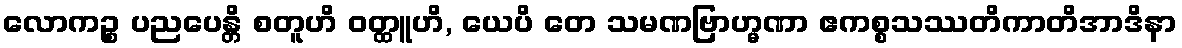
လောကဉ္စ ပညပေန္တိ စတူဟိ ဝတ္ထူဟိ, ယေပိ တေ သမဏဗြာဟ္မဏာ ဧကစ္စသဿတိကာတိအာဒိနာ